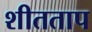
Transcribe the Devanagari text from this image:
शीतताप